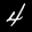
Label: 4